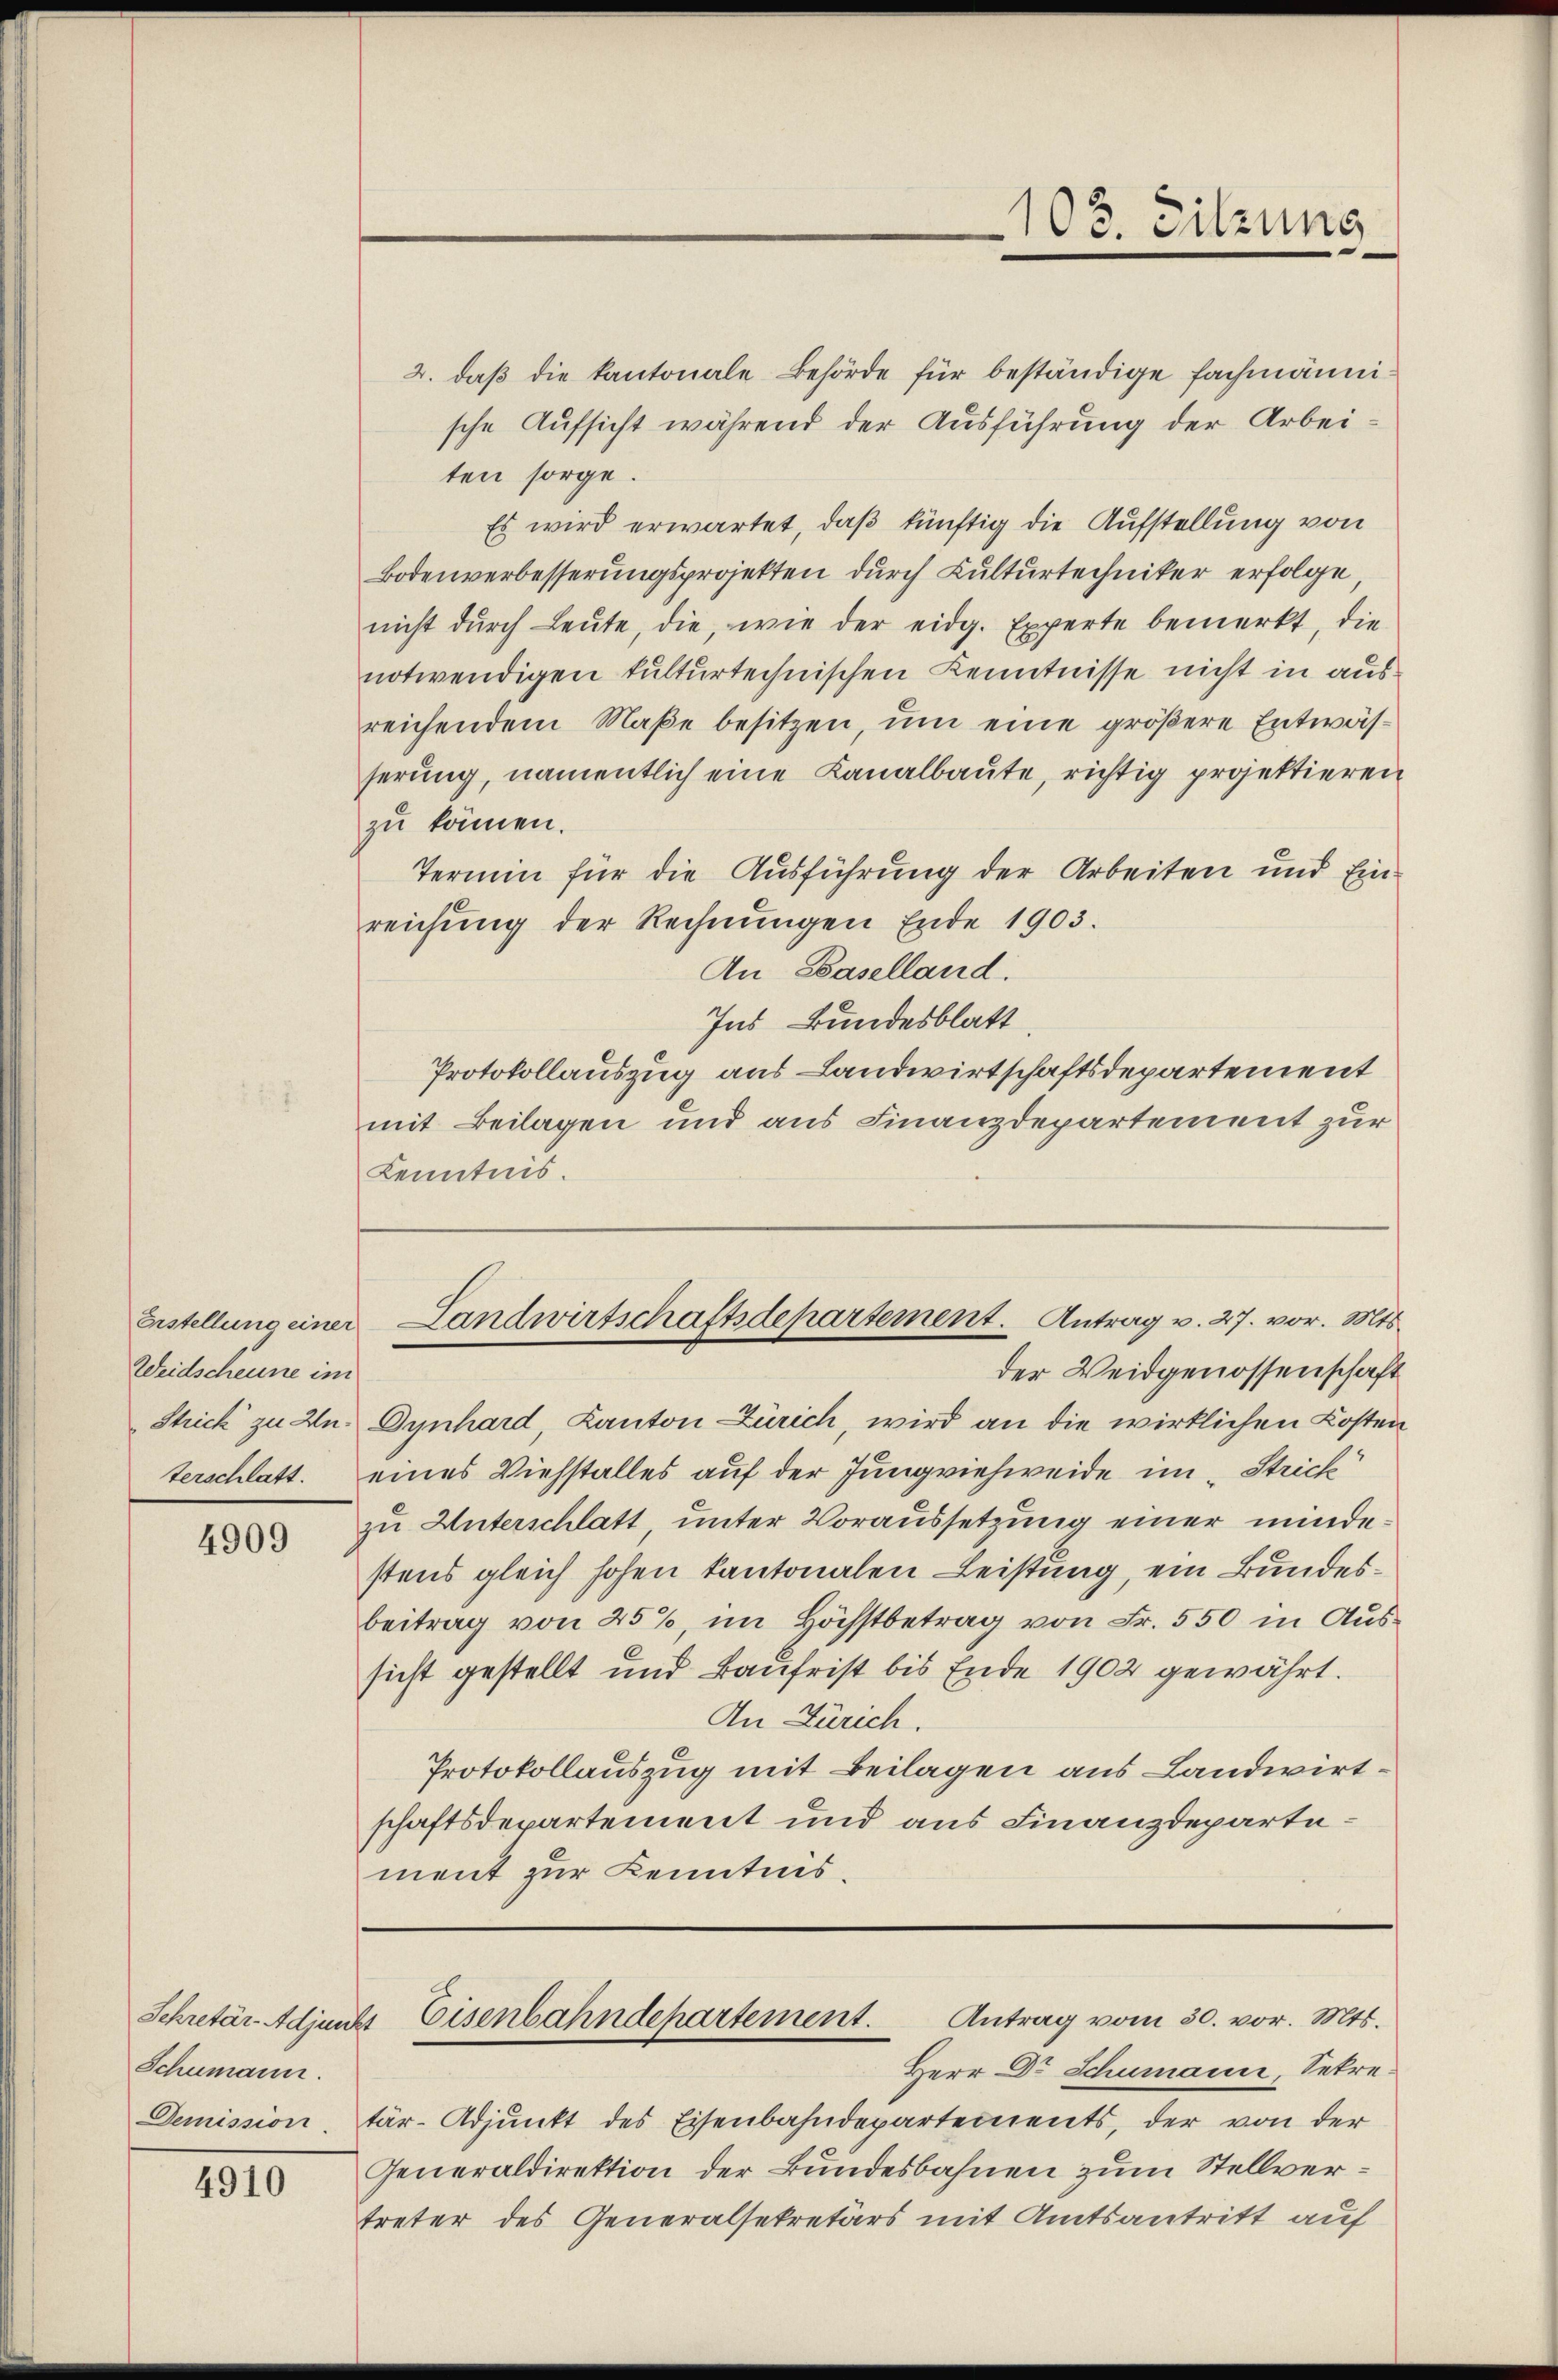
Weidscheune im

4909

Schumann.
Demission.

4910

2. daβ die kantonale Behörde für beständige Fachmännische Aufsicht während der Ausführung der Arbei
ten sorge.
Es wird erwartet, daß künftig die Aufstellung von
Bodenverbesserungsprojekten durch Kulturtechniker erfolge,
nicht dŭrch Leute, die, wie der eidg. Experte bemerkt, die
notwendigen kulturtechnischen Kenntnisse nicht in ausreichendem Maße besitzen, um eine größere Entwässerung, namentlich eine Kanalbaute, richtig projektieren
zu können.
Termin für die Ausführung der Arbeiten und Einreichung der Rechnŭngen Ende 1903.
An Baselland.
Ins Bundesblatt
Protokollauszug aus Landwirtschaftsdepartement
mit Beilagen und aus Finanzdepartement zur
Kenntnis.

der Weidgenossenschaft
Strick zu An Dynhard, Kanton Zürich wird an die wirklichen Kosten
terschlatt. eines Viehstalles auf der Jungviehweide im „Strick
zu Unterschlatt unter Voraussetzung einer mindestens gleich hohen kantonalen Leistung, ein Bundesbeitrag von 25%, im Höchstbetrag von Fr. 550 in Aussicht gestellt und Kaufrist bis Ende 1902 gewährt.
An Zürich.
Protokollauszug mit Beilagen aus Landwirtschaftsdepartement und aus Finanzdepartement zur Kenntnis.

103. Sitzung

Erstellung einer Landwirtschaftsdepartement. Antrag v. 27. vor. Mts.

Schretär-Adjunkt Eisenbahndepartement. Antrag vom 30. vor. Mts.
Herr Dr Schumann, Setre.

tär-Adjunkt des Eisenbahndepartements, der von der
Generaldirektion der Bundesbahnen zum Stellvertreter des Generalsekretärs mit Amtsantritt auf